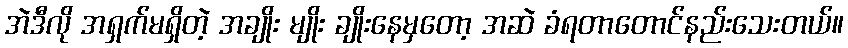
အဲဒီလို အရှက်မရှိတဲ့ အချိုး မျိုး ချိုးနေမှတော့ အဆဲ ခံရတာတောင်နည်းသေးတယ်။